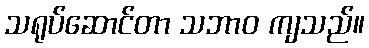
သရုပ်ဆောင်တာ သဘာဝ ကျသည်။